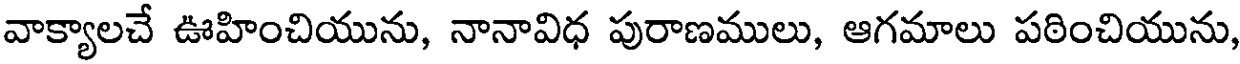
వాక్యాలచే ఊహించియును, నానావిధ పురాణములు, ఆగమాలు పఠించియును,